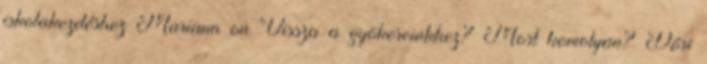
iskolakezdéshez Mariann on Vissza a gyökereinkhez? Most komolyan? Dóri